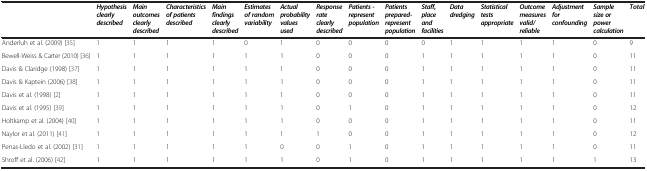
<table><thead><tr><td><b> </b></td><td><b><i>Hypothesis clearly described</i></b></td><td><b><i>Main outcomes clearly described</i></b></td><td><b><i>Characteristics of patients described</i></b></td><td><b><i>Main findings clearly described</i></b></td><td><b><i>Estimates of random variability</i></b></td><td><b><i>Actual probability values used</i></b></td><td><b><i>Response rate clearly described</i></b></td><td><b><i>Patients -represent population</i></b></td><td><b><i>Patients prepared- represent population</i></b></td><td><b><i>Staff, place and facilities</i></b></td><td><b><i>Data dredging</i></b></td><td><b><i>Statistical tests appropriate</i></b></td><td><b><i>Outcome measures valid/reliable</i></b></td><td><b><i>Adjustment for confounding</i></b></td><td><b><i>Sample size or power calculation</i></b></td><td><b><i>Total</i></b></td></tr></thead><tbody><tr><td>Anderluh et al. (2009) [35]</td><td>1</td><td>1</td><td>1</td><td>1</td><td>0</td><td>1</td><td>0</td><td>0</td><td>0</td><td>0</td><td>1</td><td>1</td><td>1</td><td>1</td><td>0</td><td>9</td></tr><tr><td>Bewell-Weiss &amp; Carter (2010) [36]</td><td>1</td><td>1</td><td>1</td><td>1</td><td>1</td><td>1</td><td>0</td><td>0</td><td>0</td><td>1</td><td>1</td><td>1</td><td>1</td><td>1</td><td>0</td><td>11</td></tr><tr><td>Davis &amp; Claridge (1998) [37]</td><td>1</td><td>1</td><td>1</td><td>1</td><td>1</td><td>1</td><td>0</td><td>0</td><td>0</td><td>1</td><td>1</td><td>1</td><td>1</td><td>1</td><td>0</td><td>11</td></tr><tr><td>Davis &amp; Kaptein (2006) [38]</td><td>1</td><td>1</td><td>1</td><td>1</td><td>1</td><td>1</td><td>0</td><td>0</td><td>0</td><td>1</td><td>1</td><td>1</td><td>1</td><td>1</td><td>0</td><td>11</td></tr><tr><td>Davis et al. (1998) [2]</td><td>1</td><td>1</td><td>1</td><td>1</td><td>1</td><td>1</td><td>0</td><td>0</td><td>0</td><td>1</td><td>1</td><td>1</td><td>1</td><td>1</td><td>0</td><td>11</td></tr><tr><td>Davis et al. (1995) [39]</td><td>1</td><td>1</td><td>1</td><td>1</td><td>1</td><td>1</td><td>0</td><td>1</td><td>0</td><td>1</td><td>1</td><td>1</td><td>1</td><td>1</td><td>0</td><td>12</td></tr><tr><td>Holtkamp et al. (2004) [40]</td><td>1</td><td>1</td><td>1</td><td>1</td><td>1</td><td>1</td><td>0</td><td>0</td><td>0</td><td>1</td><td>1</td><td>1</td><td>1</td><td>1</td><td>0</td><td>11</td></tr><tr><td>Naylor et al. (2011) [41]</td><td>1</td><td>1</td><td>1</td><td>1</td><td>1</td><td>1</td><td>1</td><td>0</td><td>0</td><td>1</td><td>1</td><td>1</td><td>1</td><td>1</td><td>0</td><td>12</td></tr><tr><td>Penas-Lledo et al. (2002) [31]</td><td>1</td><td>1</td><td>1</td><td>1</td><td>1</td><td>0</td><td>0</td><td>1</td><td>0</td><td>1</td><td>1</td><td>1</td><td>1</td><td>1</td><td>0</td><td>11</td></tr><tr><td>Shroff et al. (2006) [42]</td><td>1</td><td>1</td><td>1</td><td>1</td><td>1</td><td>1</td><td>0</td><td>1</td><td>0</td><td>1</td><td>1</td><td>1</td><td>1</td><td>1</td><td>1</td><td>13</td></tr></tbody></table>